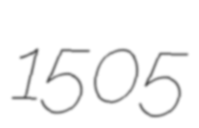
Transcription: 1505